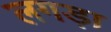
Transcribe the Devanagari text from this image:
लगड़ा